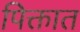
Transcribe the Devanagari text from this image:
पिक्तात